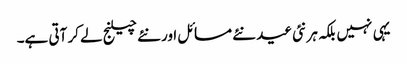
یہی نہیں بلکہ ہر نئی عید نئے مسائل اور نئے چیلنج لے کر آتی ہے۔